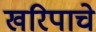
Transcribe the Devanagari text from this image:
खरिपाचे